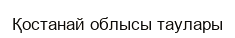
Қостанай облысы таулары